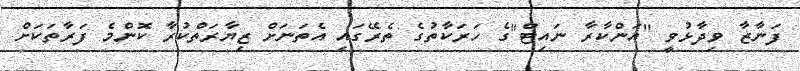
ފަނާޒާ ވިދާޅުވީ "އަންކާރާ ނައިޓް"ގެ ހަރަކާތުގެ ތެރޭގައި އެތަނަށް ޒިޔާރަތްކުރާ ކޮންމެ ފަރާތަކަށް